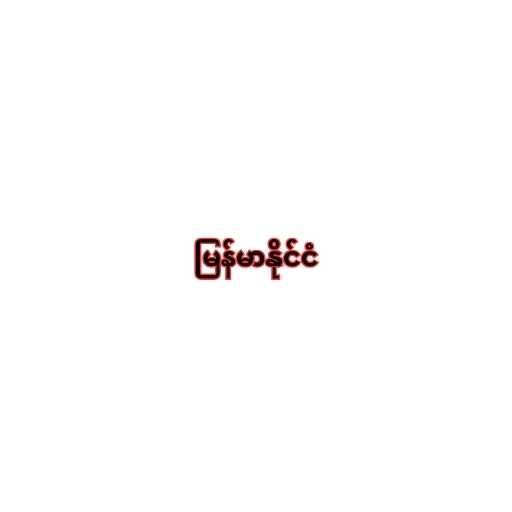
မြန်မာနိုင်ငံ